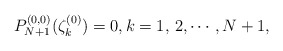
\begin{align*}P_{N+1}^{(0,0)}(\zeta_k^{(0)})=0,k=1,\,2,\cdots,N+1,\end{align*}